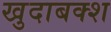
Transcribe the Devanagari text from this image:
खुदाबक्‍श